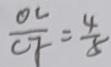
\frac { O C } { C F } = \frac { 4 } { 8 }